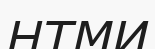
НТМИ